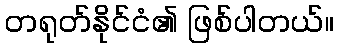
တရုတ်နိုင်ငံ၏ ဖြစ်ပါတယ်။